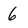
Character: 6